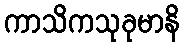
ကာသိကသုခုမာနိ